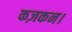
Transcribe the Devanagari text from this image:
कज़कन।